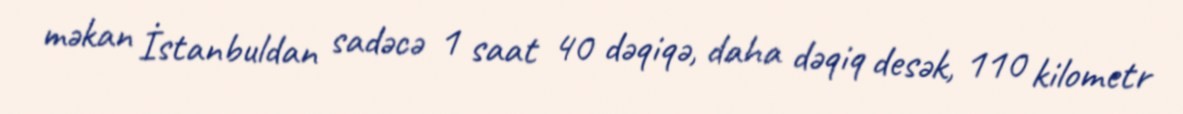
məkan İstanbuldan sadəcə 1 saat 40 dəqiqə, daha dəqiq desək, 110 kilometr